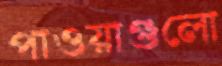
পাওয়াগুলো